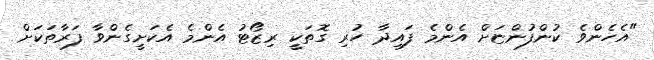
"އެހެންވެ ކުންފުންޏަށް އެންމެ ފައިދާ ހުރި ގޮތަކީ ރިޒޯޓު އެންމެ އެކަށީގެންވާ ފަރާތަކަށް